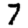
Digit: 7